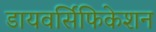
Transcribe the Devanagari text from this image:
डायवर्सिफिकेशन